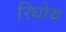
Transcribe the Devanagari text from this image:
रिधोय